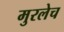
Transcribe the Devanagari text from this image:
मुरलेच